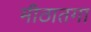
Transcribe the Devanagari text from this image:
मीठातगा